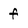
Character: f